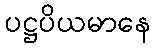
ပဋ္ဌပိယမာနေ